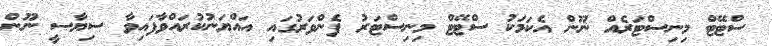
ސްޓޭޓް މިނިސްޓަރެއް ނޫން އެކަމަކު ސްޓޭޓް މިނިސްޓަރު ފެންވަރުގައި އައްޔަނުކުރައްވާފައިވާ ސިޔާސީ ނޫން